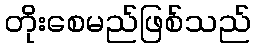
တိုးစေမည်ဖြစ်သည်